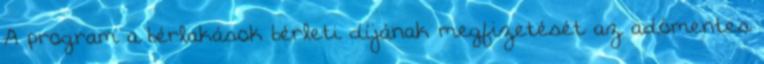
A program a bérlakások bérleti díjának megfizetését az adómentes